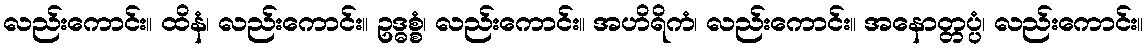
လည်းကောင်း။ ထိနံ၊ လည်းကောင်း။ ဥဒ္ဓစ္စံ၊ လည်းကောင်း။ အဟိရိကံ၊ လည်းကောင်း။ အနောတ္တပ္ပံ၊ လည်းကောင်း။